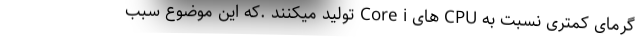
گرمای کمتری نسبت به CPU های Core i تولید میکنند .که این موضوع سبب